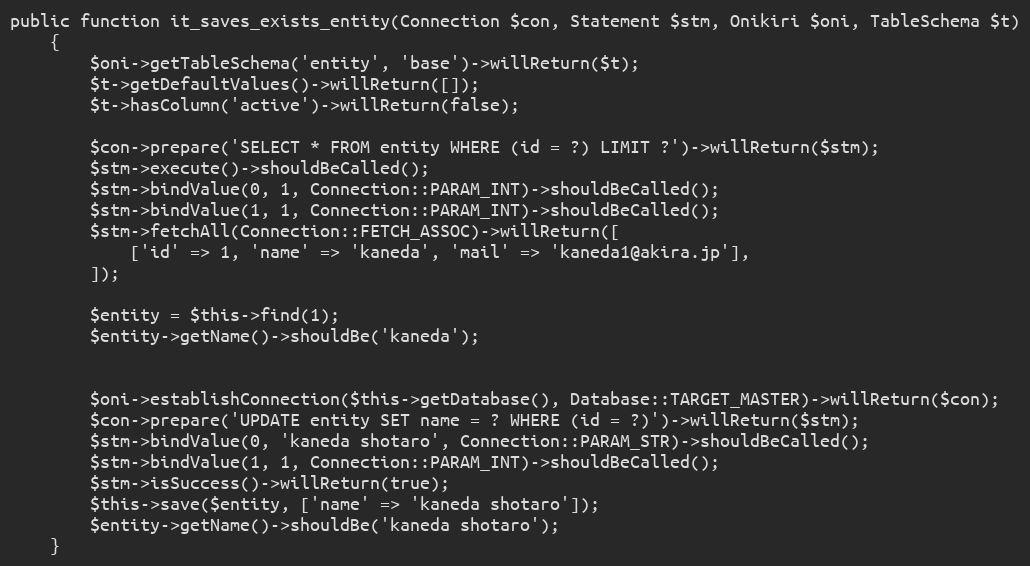
Language: PHP
public function it_saves_exists_entity(Connection $con, Statement $stm, Onikiri $oni, TableSchema $t)
    {
        $oni->getTableSchema('entity', 'base')->willReturn($t);
        $t->getDefaultValues()->willReturn([]);
        $t->hasColumn('active')->willReturn(false);

        $con->prepare('SELECT * FROM entity WHERE (id = ?) LIMIT ?')->willReturn($stm);
        $stm->execute()->shouldBeCalled();
        $stm->bindValue(0, 1, Connection::PARAM_INT)->shouldBeCalled();
        $stm->bindValue(1, 1, Connection::PARAM_INT)->shouldBeCalled();
        $stm->fetchAll(Connection::FETCH_ASSOC)->willReturn([
            ['id' => 1, 'name' => 'kaneda', 'mail' => 'kaneda1@akira.jp'],
        ]);

        $entity = $this->find(1);
        $entity->getName()->shouldBe('kaneda');

        $oni->establishConnection($this->getDatabase(), Database::TARGET_MASTER)->willReturn($con);
        $con->prepare('UPDATE entity SET name = ? WHERE (id = ?)')->willReturn($stm);
        $stm->bindValue(0, 'kaneda shotaro', Connection::PARAM_STR)->shouldBeCalled();
        $stm->bindValue(1, 1, Connection::PARAM_INT)->shouldBeCalled();
        $stm->isSuccess()->willReturn(true);
        $this->save($entity, ['name' => 'kaneda shotaro']);
        $entity->getName()->shouldBe('kaneda shotaro');
    }